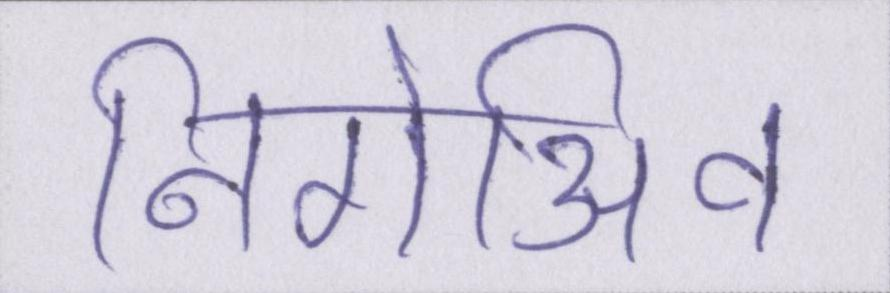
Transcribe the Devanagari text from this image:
निगेअिव